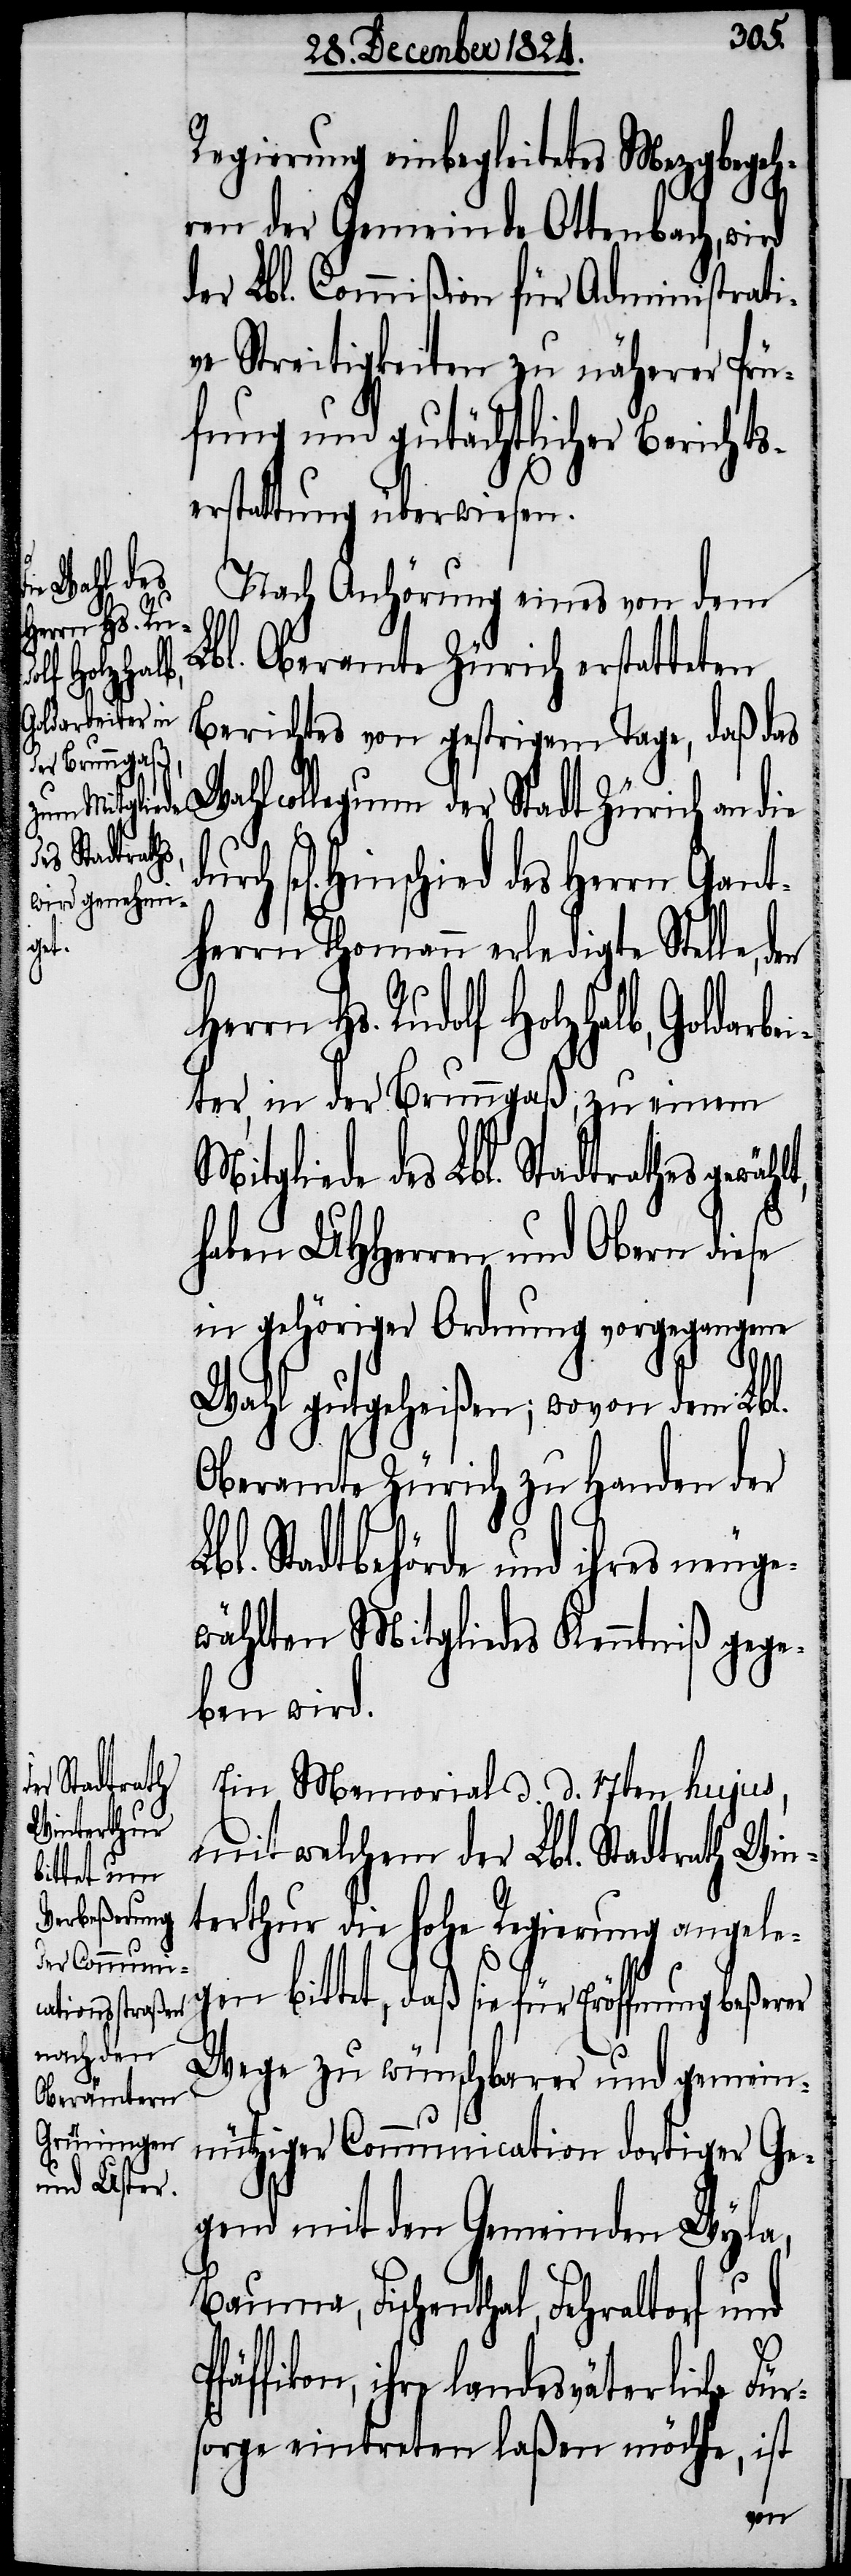
Wahl¬

Regierung einbegleitetes Mezgbegeh¬
ren der Gemeinde Ottenbach, wird
der Lbl. Commißion für Administrati¬
ve Streitigkeiten zu näherer Prü¬
fung und gutächtlicher Berichts¬
erstattung überwiesen.
Nach Anhörung eines von dem
Lbl. Oberamte Zürich erstatteten
Berichtes von gestrigem Tage, daß das
collegium der Stadt Zürich an die
l[igen] Hinschied des Herrn Gant¬
herrn Thomann erledigte Stelle,
Herrn Hs. Rudolf Holzhalb, Goldarbe¬
iter, in der Brunngaß, zu einem
Mitgliede des Lbl. Stadtraths gewäh¬
haben UHHerren und Obern diese
in gehöriger Ordnung vorgegangenen
Wahl gutgeheißen; wovon dem Lbl.
Oberamte Zürich zu Handen der
Lbl. Stadtbehörde und ihres neuge¬
wählten Mitgliedes Kenntniß gege¬
ben wird.
Ein Memorial d. d. 17ten hujus,
mit welchem der Lbl. Stadtrath Win¬
terthur die hohe Regierung angele¬
gen bittet, daß sie für Eröffnung
Wege zu wünschbarer und gemein¬
nütziger Communication dortiger Ge¬
gend mit den Gemeinden Wyla,
Bauma, Fischenthal, Fehraltorf und
P¬
fäffikon, ihre landesväterliche Für¬
sorge eintreten laßen möchte, ist
den